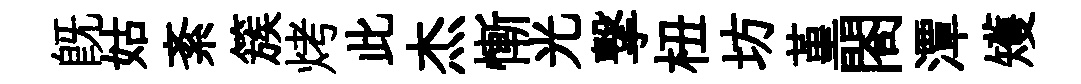
既姑紊簇烤此杰慚光撃杻坊堇閤潭矱